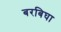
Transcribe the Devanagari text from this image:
बरबिघा